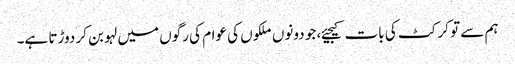
ہم سے تو کرکٹ کی بات کیجیئے، جو دونوں ملکوں کی عوام کی رگوں میں لہو بن کر دوڑتا ہے۔